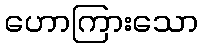
ဟောကြားသော